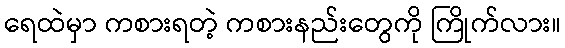
ရေထဲမှာ ကစားရတဲ့ ကစားနည်းတွေကို ကြိုက်လား။